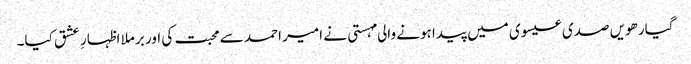
گیارھویں صدی عیسوی میں پیدا ہونے والی مہستی نے امیر احمد سے محبت کی اور برملا اظہارِ عشق کیا۔